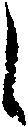
し